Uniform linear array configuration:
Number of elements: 48
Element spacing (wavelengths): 0.75
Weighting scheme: kaiser
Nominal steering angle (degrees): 30
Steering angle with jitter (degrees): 30.825
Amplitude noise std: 0.05
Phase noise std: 0.05

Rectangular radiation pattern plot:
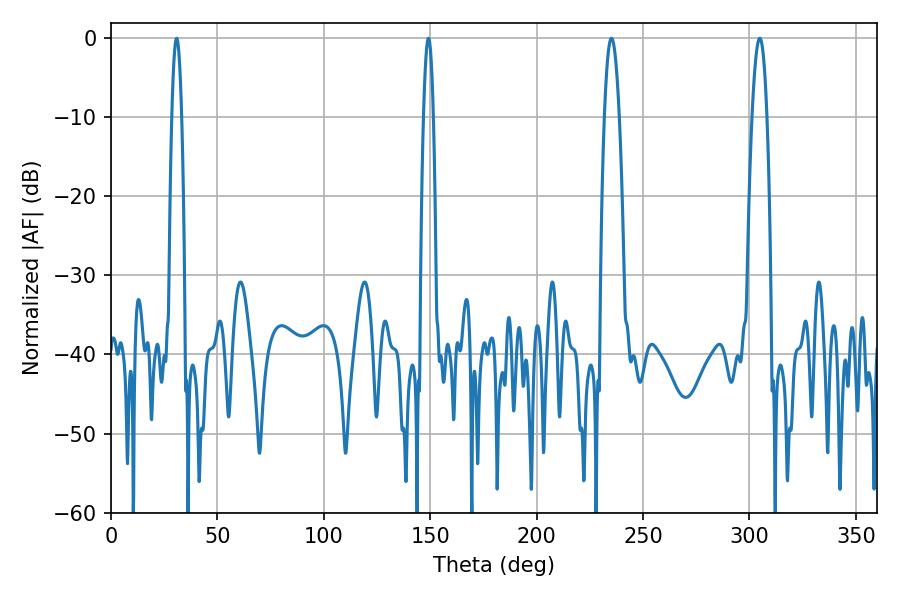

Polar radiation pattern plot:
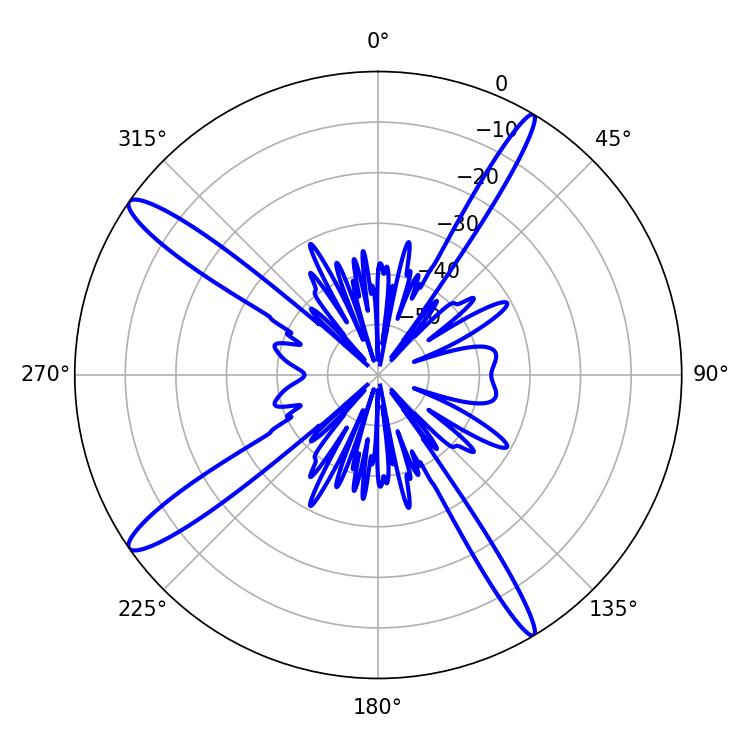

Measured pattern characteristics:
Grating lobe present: TRUE
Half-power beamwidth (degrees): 3.78
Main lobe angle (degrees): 235.08